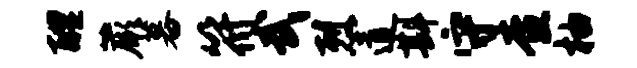
醴蕨暮符武烈道斟守查柚